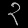
Digit: ၃